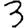
Digit: 3